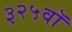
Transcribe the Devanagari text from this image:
३२५वॉ